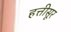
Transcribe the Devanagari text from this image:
हत्तीसूर